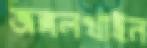
জঙ্গলখাইন